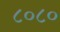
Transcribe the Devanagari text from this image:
८०८०